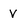
Character: V